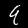
Label: 9